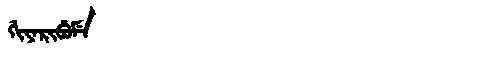
Manchu: ᡤᡳᠶᠠᡵᡳᠪᡠᠮᡝ
Romanization: GIYARIBUME